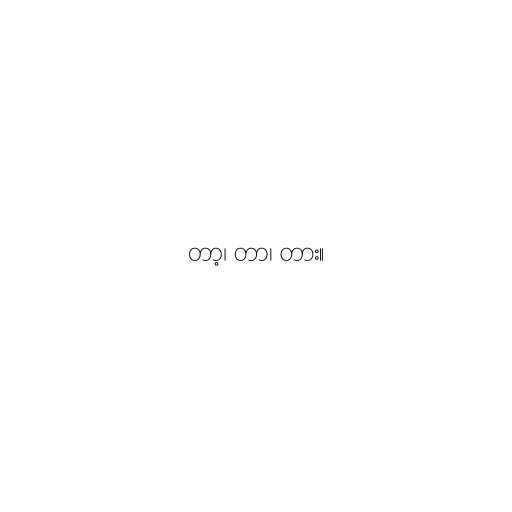
တာ့၊ တာ၊ တား။